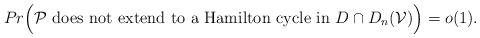
LaTeX: \begin{align*} Pr \Big ({\cal P} \mbox { does not extend to a Hamilton cycle in } {D} \cap D_n({\cal V}) \Big ) = o(1). \end{align*}